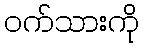
ဝက်သားကို